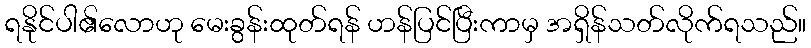
ရနိုင်ပါ၏လောဟု မေးခွန်းထုတ်ရန် ဟန်ပြင်ပြီးကာမှ အရှိန်သတ်လိုက်ရသည်။